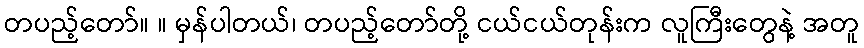
တပည့်တော်။ ။ မှန်ပါတယ်၊ တပည့်တော်တို့ ငယ်ငယ်တုန်းက လူကြီးတွေနဲ့ အတူ